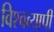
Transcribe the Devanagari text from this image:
विश्‍वव्‍यापी